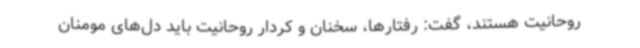
روحانیت هستند، گفت: رفتارها، سخنان و کردار روحانیت باید دل‌های مومنان